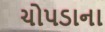
ચોપડાના